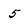
Character: 5